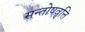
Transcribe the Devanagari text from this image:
सन्तोषवृत्ति